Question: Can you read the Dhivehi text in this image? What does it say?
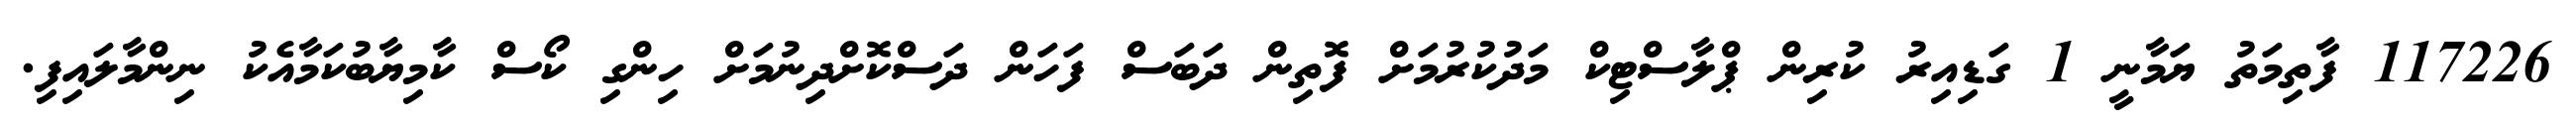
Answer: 117226 ފާތިމަތު ޔަމާނީ 1 ގަޑިއިރު ކުރިން ޕްލާސްޓިކް މަދުކުރުމަށް ފޮތިން ދަބަސް ފަހަން ދަސްކޮށްދިނުމަށް ހިންގި ކޯސް ކާމިޔާބުކަމާއެކު ނިންމާލައިފި.